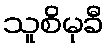
သူစိမုခီ